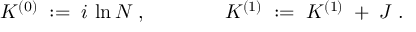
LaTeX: { \cal K } ^ { ( 0 ) } \; : = \; i \, \ln { \cal N } \; , \; \; \; \; \; \; \; \; \; \; \; \; \; \; { \cal K } ^ { ( 1 ) } \; : = \; { \cal K } ^ { ( 1 ) } \; + \; { \cal J } \; .